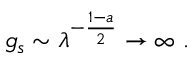
g _ { s } \sim \lambda ^ { - { \frac { 1 - a } { 2 } } } \to \infty \ .